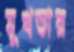
মুখতার